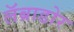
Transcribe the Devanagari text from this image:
लॅब्राडोर